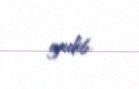
gedib.